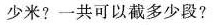
少米?一共可以截多少段?